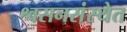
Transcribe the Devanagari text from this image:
श्वसनसंस्थेत